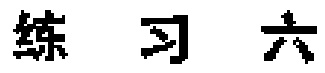
练习六